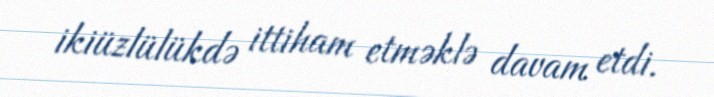
ikiüzlülükdə ittiham etməklə davam etdi.